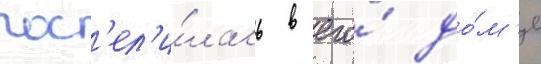
пос'ел'и́лась в его́ до́м'е